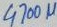
Text: 4700µF